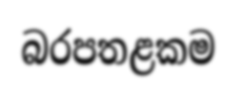
බරපතළකම